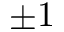
\pm 1